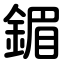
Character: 鎇